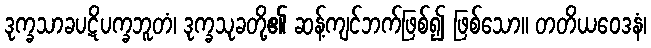
ဒုက္ခသာခပဋိပက္ခဘူတံ၊ ဒုက္ခသုခတို့၏ ဆန့်ကျင်ဘက်ဖြစ်၍ ဖြစ်သော။ တတိယဝေဒနံ၊